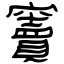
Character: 竇